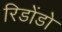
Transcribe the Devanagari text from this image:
रिडोंडो